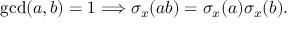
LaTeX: \operatorname* { g c d } ( a , b ) = 1 \Longrightarrow \sigma _ { x } ( a b ) = \sigma _ { x } ( a ) \sigma _ { x } ( b ) .